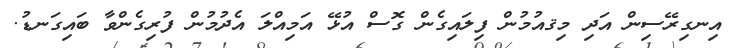
އިނގިރޭސިން އަދި މިޤއުމުން ފިލައިގެން ގޮސް އުޅޭ އަމިއްލަ އެދުމުން ފުރިގެންވާ ބައިިގަނޑު.